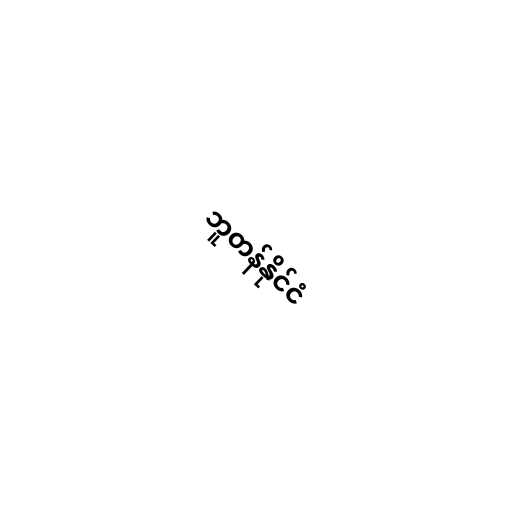
ဘူတန်နိုင်ငံ